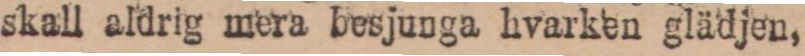
skall aldrig mera besjunga hvarken glädjen,